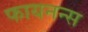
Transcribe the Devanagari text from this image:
फायनन्स